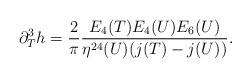
LaTeX: \begin{align*}\partial^3_Th={2\over \pi}{E_4(T)E_4(U)E_6(U)\over \eta^{24}(U)(j(T)-j(U))}.\end{align*}